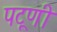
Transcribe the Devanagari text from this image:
पटूणी